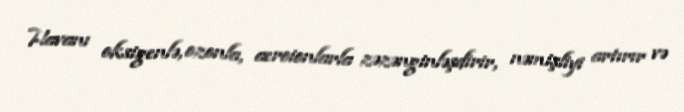
Havanı oksigenlə, ozonla, aeroionlarla zəzənginləşdirir, nəmişliyi artırır və